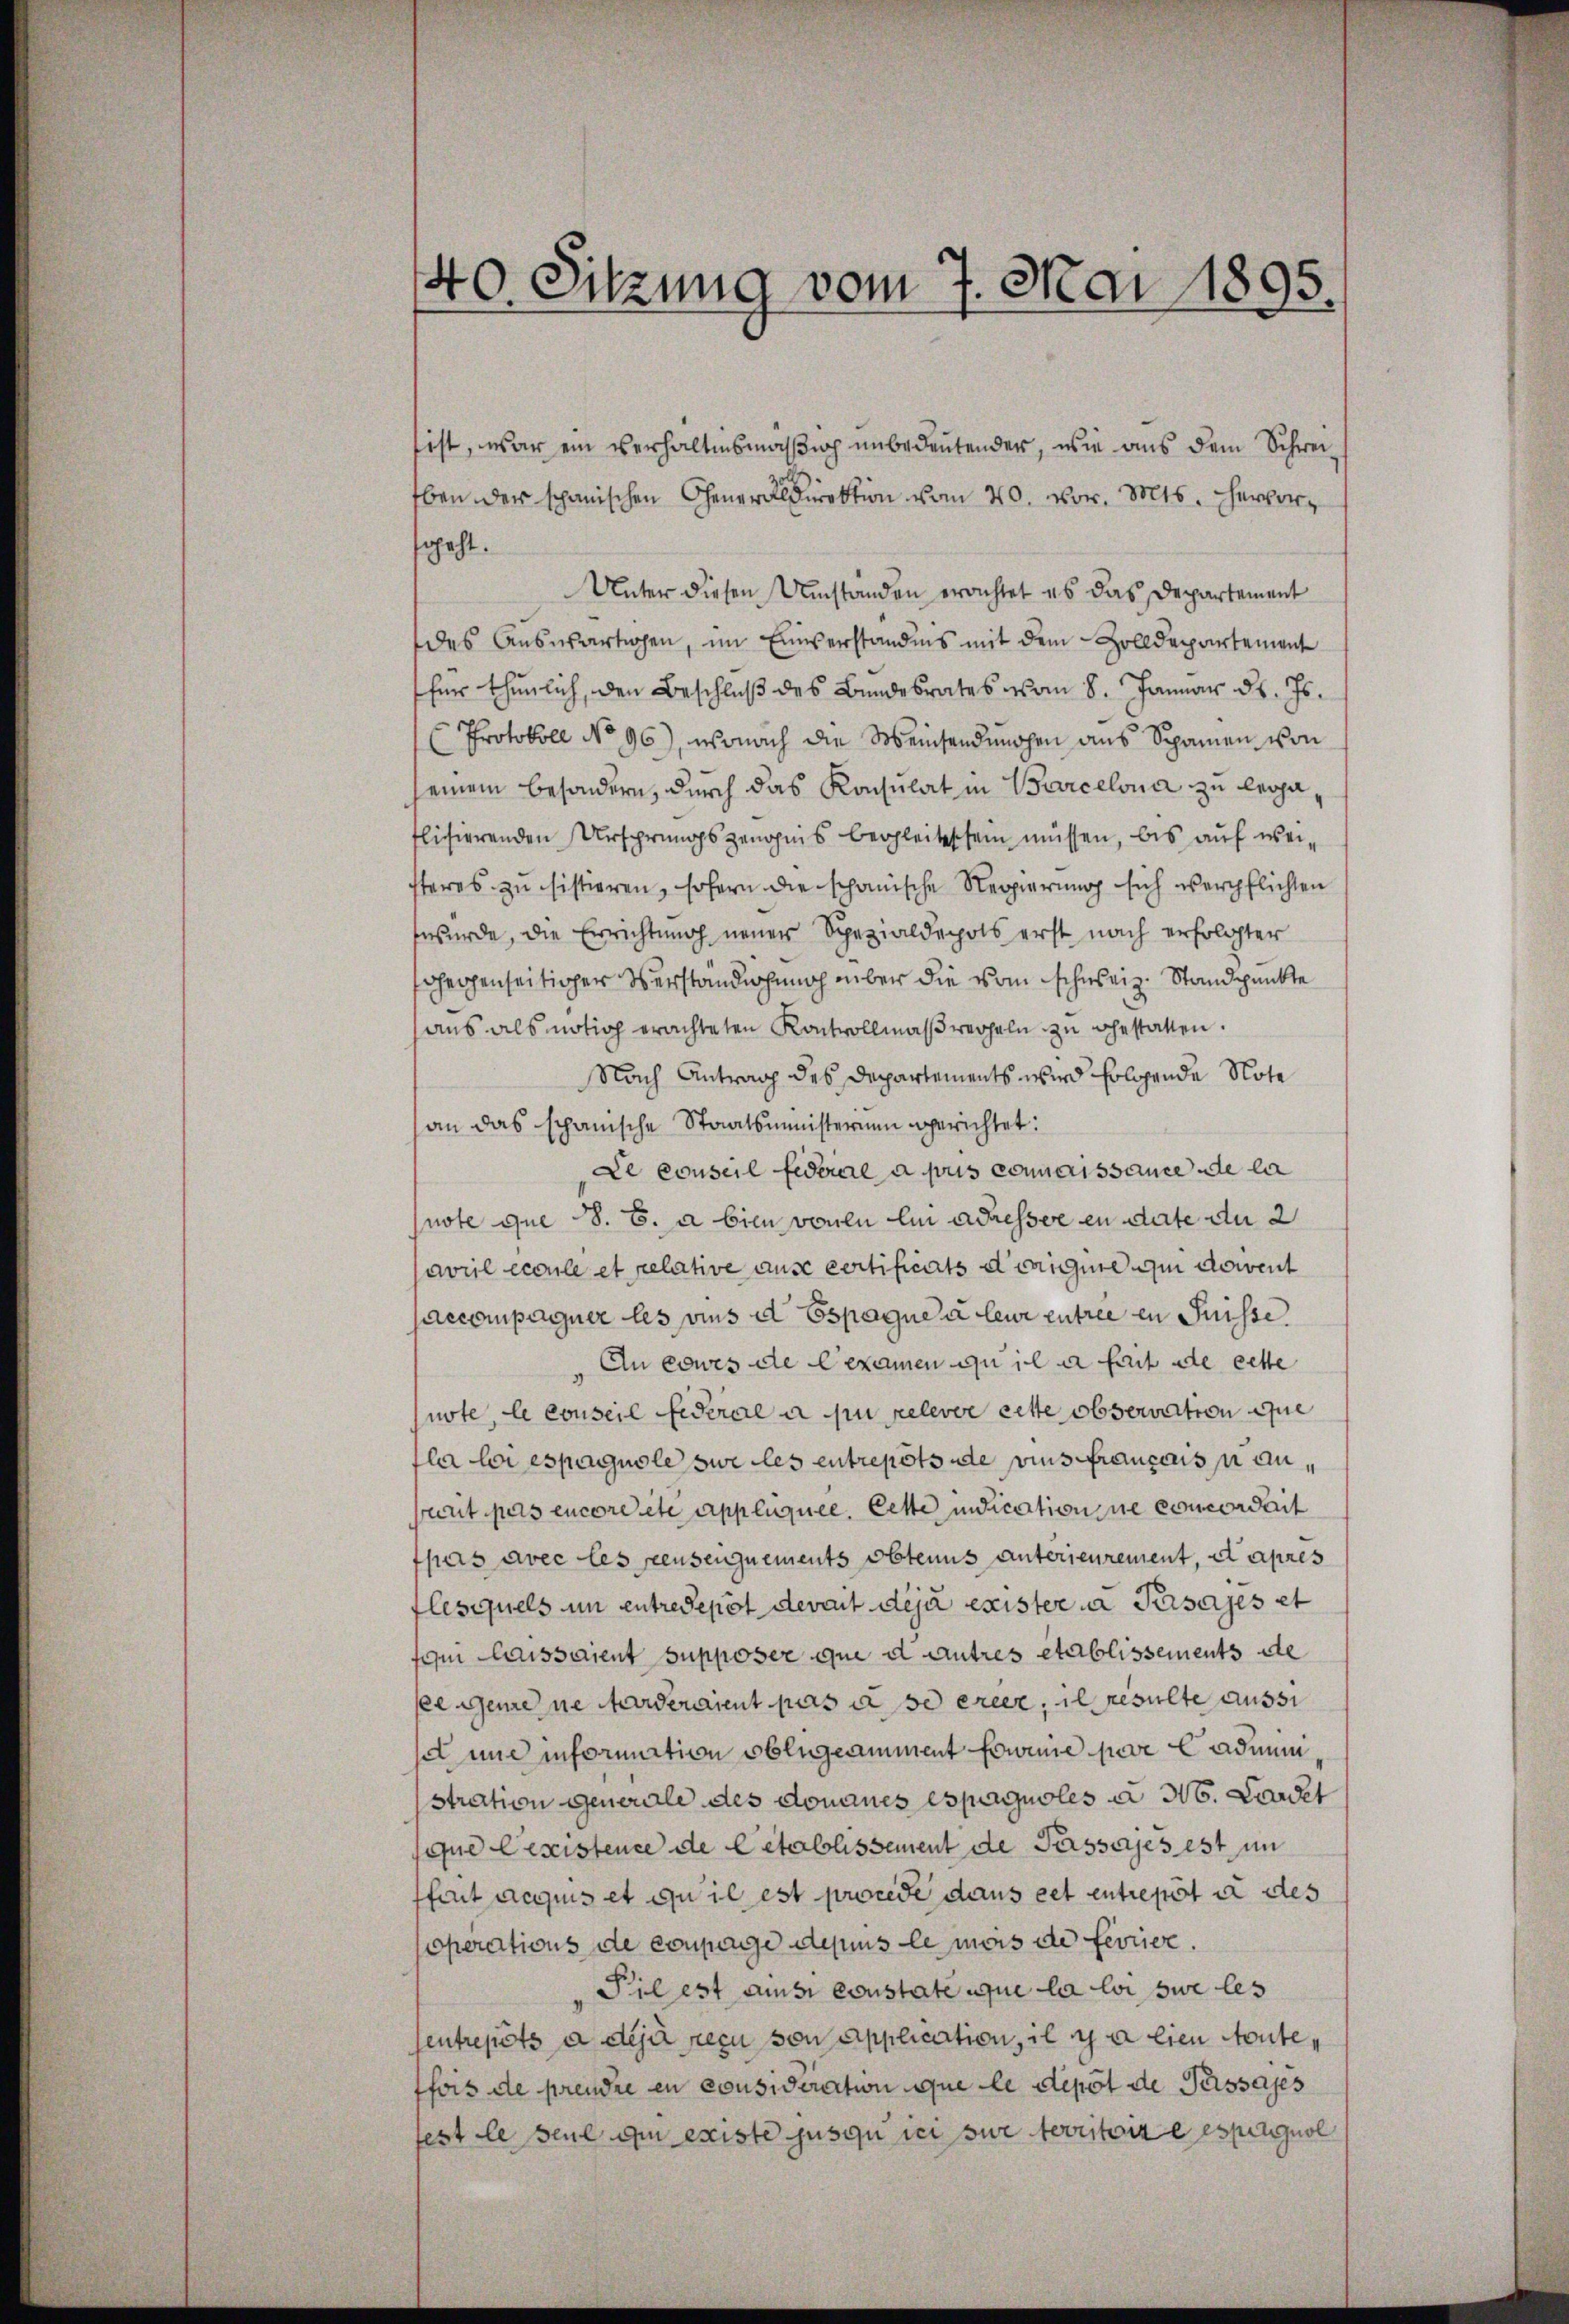
40. Sitzung vom 7. Mai 1895.

sist, war ein verhältnismäßig unbedeutender, wie aus dem Schwei¬
Eben der spanischen Generaldirektion vom 20. vor. Mts. hervorsgeht.
Unter diesen Umständen erachtet es das Departement
des Auswärtigen, im Einverständnis mit dem Zolldepartement
für thunlich, den Beschluß des Bundesrates vom 8. Januar d. Js.
Protokoll No 96), wonach die Weinsendungen aus Schainen von
seinem besondern, durch das Konsulat in Barcelona zu lega
flisierenden Ursprungszeugnis begleitessen müssen, bis auf weisteres zu sistieren, sofern die schanische Regierung sich verpflichten
wurde, die Errichtung neuer Spezialdepots erst nach erfolgter
hegenseitiger Verständigung über die vom schweiz. Standpunkte
ans als nötig erachteten Kontrollmaβwegheln zu gestatten.
Nach Antrag des Departements wird folgende Note
an das schanische Staatsministernen gerichtet:
Le conseil Federal a pris connaissance de la
note que 38. b. a bien vonen ein adresser en date du 2
avuil écoule et relative ause eertificats dirigine qui doivent
accompagner les vins d Espaque à leur entree in Suisse
An eowes die Gexamen qui a fait de cette
note, le conseil fideral a pu relever cette observation que
fla loi es paguole sie les entrepotsade vins franzens er an¬
Greut pas encore et appliquee. Cette indication ne concordait
pas avec les reusenquements obtenus unterieurement, et apres
lesquels in entredepot devant déjà exister in Pisajés et
m laissaient supposer que d autres etablissements de
see genene Harderaient pas a se ereer, il resulte aussi
 une information obengesamment fouinie pere admin
stration generale des donaues espaguoles a 36. Loret
que lexistence de letablissement de Passages est im
font acquis et qu il est procede dans cet entrepot in des
operations de conpage depuis le mais de ferrier.
Pil est aussi constate que la loi sue les
Centrepots à deja reçu von Application, il y a lien Soutefois de prendre en consideration que le depot de Passajes
fest le seul ou existe jusqu ici sur territoire espergnol